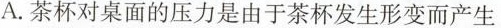
A.茶杯对桌面的压力是由于茶杯发生形变而产生